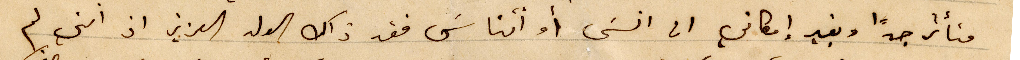
متأثرا جدًا وبغير امكاني ان انسَى او اتناسَ فقد ذاك الولد العزيز اذ انني لم